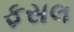
ફસલ